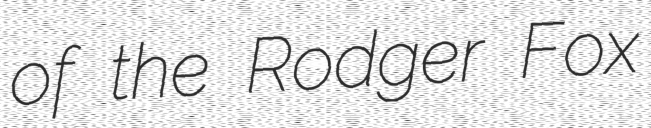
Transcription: of the Rodger Fox